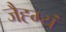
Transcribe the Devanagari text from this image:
जैह्म्यं